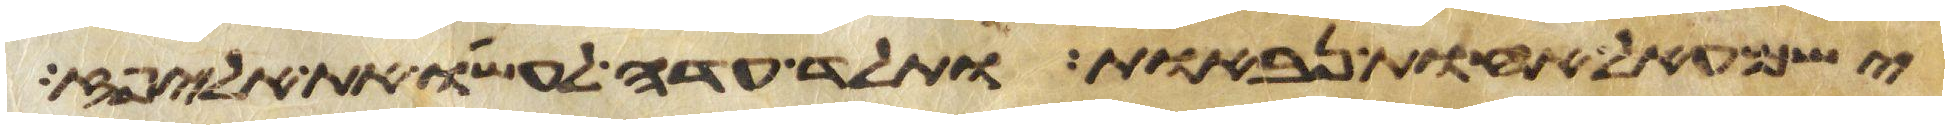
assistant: ישמעאל אחות נבאות ותלד עדה לעשו את אליפז